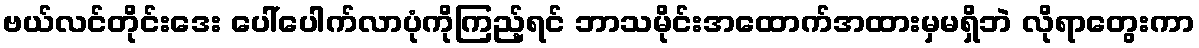
ဗယ်လင်တိုင်းဒေး ပေါ်ပေါက်လာပုံကိုကြည့်ရင် ဘာသမိုင်းအထောက်အထားမှမရှိဘဲ လိုရာတွေးကာ